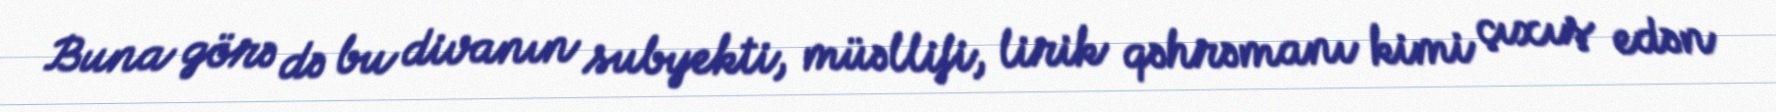
Buna görə də bu divanın subyekti, müəllifi, lirik qəhrəmanı kimi çıxış edən